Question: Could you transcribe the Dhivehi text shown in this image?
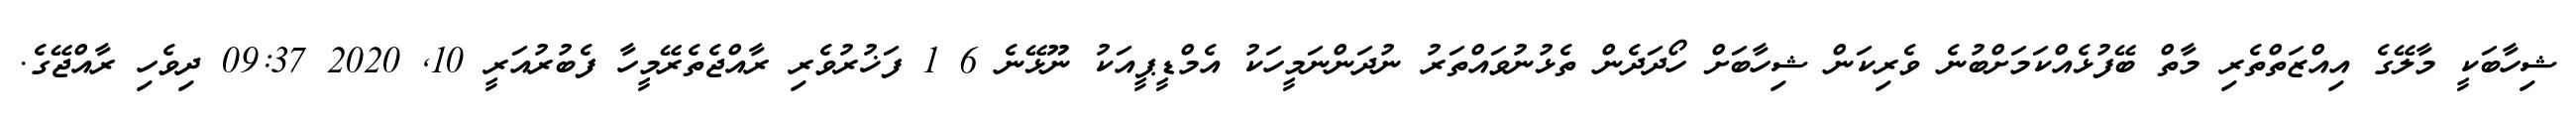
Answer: ޝިހާބަކީ މާލޭގެ އިއްޒަތްތެރި މާތް ބޭފުޅެއްކަމަށްބުނެ ވެރިކަން ޝިހާބަށް ހޯދަދެން ތެޅުނުވައްތަރު ނުދަންނަމީހަކު އެމްޑީޕީއަކު ނޫޅޭނެ 6 1 ފަޚުރުވެރި ރާއްޖެތެރޭމީހާ ފެބުރުއަރީ 10, 2020 09:37 ދިވެހި ރާއްޖޭގެ.